Indian journal of veterinary science and animal husbandry - Volume 2,
Year: 1932
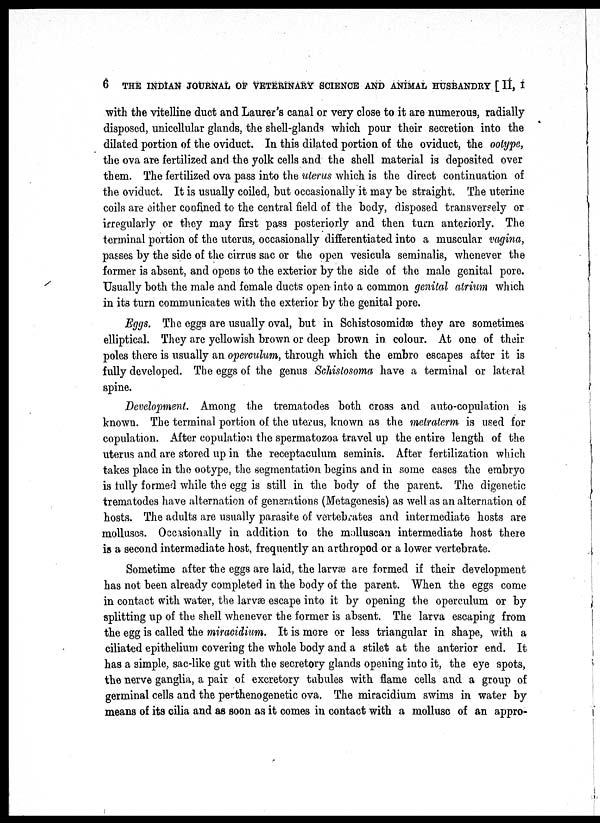
6 THE INDIAN JOURNAL OF VETERINARY SCIENCE AND ANIMAL HUSBANDRY [ II, I
with the vitelline duct and Laurer's canal or very close to it are numerous, radially
disposed, unicellular glands, the shell-glands which pour their secretion into the
dilated portion of the oviduct. In this dilated portion of the oviduct, the ootype,
the ova are fertilized and the yolk cells and the shell material is deposited over
them. The fertilized ova pass into the uterus which is the direct continuation of
the oviduct. It is usually coiled, but occasionally it may be straight. The uterine
coils are either confined to the central field of the body, disposed transversely or
irregularly or they may first pass posteriorly and then turn anteriorly. The
terminal portion of the uterus, occasionally differentiated into a muscular vagina,
passes by the side of the cirrus sac or the open vesicula seminalis, whenever the
former is absent, and opens to the exterior by the side of the male genital pore.
Usually both the male and female ducts open into a common genital atrium which
in its turn communicates with the exterior by the genital pore.
Eggs. The eggs are usually oval, but in Schistosomidæ they are sometimes
elliptical. They are yellowish brown or deep brown in colour. At one of their
poles there is usually an operculum, through which the embro escapes after it is
fully developed. The eggs of the genus Schistosoma have a terminal or lateral
spine.
Development. Among the trematodes both cross and auto-copulation is
known. The terminal portion of the uterus, known as the metraterm is used for
copulation. After copulation the spermatozoa travel up the entire length of the
uterus and are stored up in the receptaculum seminis. After fertilization which
takes place in the ootype, the segmentation begins and in some cases the embryo
is tully formed while the egg is still in the body of the parent. The digenetic
trematodes have alternation of generations (Metagenesis) as well as an alternation of
hosts. The adults are usually parasite of vertebrates and intermediate hosts are
molluscs. Occasionally in addition to the molluscan intermediate host there
is a second intermediate host, frequently an arthropod or a lower vertebrate.
Sometime after the eggs are laid, the larvæ are formed if their development
has not been already completed in the body of the parent. When the eggs come
in contact with water, the larvæ escape into it by opening the operculum or by
splitting up of the shell whenever the former is absent. The larva escaping from
the egg is called the miracidium. It is mere or less triangular in shape, with a
ciliated epithelium covering the whole body and a stilet at the anterior end. It
has a simple, sac-like gut with the secretory glands opening into it, the eye spots,
the nerve ganglia, a pair of excretory tabules with flame cells and a group of
germinal cells and the perthenogenetic ova. The miracidium swims in water by
means of its cilia and as soon as it comes in contact with a mollusc of an appro-